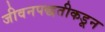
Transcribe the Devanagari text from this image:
जीवनपद्धतीकडून